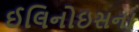
ઈલિનોઇસના